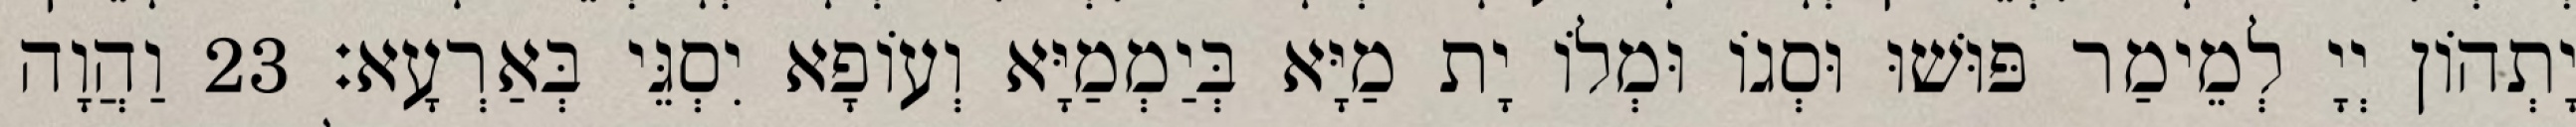
יָתְהוֹן יְיָ לְמֵימַר פּוּשׁוּ וּסְגוֹ וּמְלוֹ יָת מַיָּא בְּיַמְמַיָּא וְעוֹפָא יִסְגֵּי בְּאַרְעָא׃ 23 וַהֲוָה